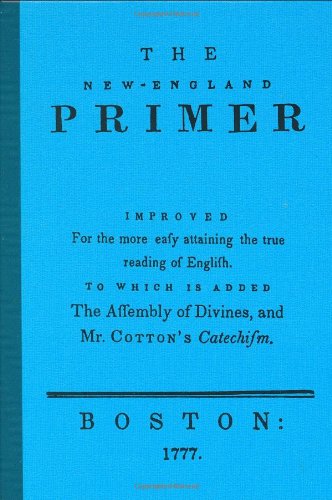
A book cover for New England Primer; David Barton; Christian Books & Bibles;